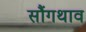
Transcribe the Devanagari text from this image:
सौंगथाव